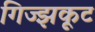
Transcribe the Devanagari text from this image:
गिज्झकूट